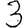
Digit: 3